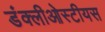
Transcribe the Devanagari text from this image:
डंक्लीओस्टीयस